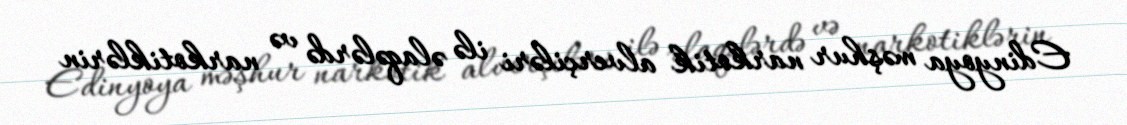
Edinyoya məşhur narkotik alverçiləri ilə əlaqələrdə və narkotiklərin